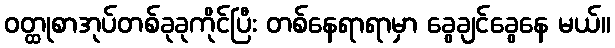
ဝတ္ထုစာအုပ်တစ်ခုခုကိုင်ပြီး တစ်နေရာရာမှာ ခွေချင်ခွေနေ မယ်။